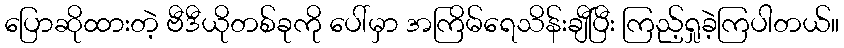
ပြောဆိုထားတဲ့ ဗီဒီယိုတစ်ခုကို ပေါ်မှာ အကြိမ်ရေသိန်းချီပြီး ကြည့်ရှုခဲ့ကြပါတယ်။